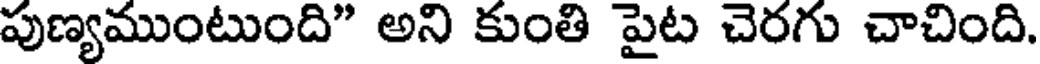
పుణ్యముంటుంది" అని కుంతి పైట చెరగు చాచింది.